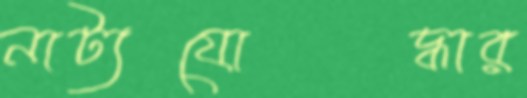
নাট্যযোদ্ধার